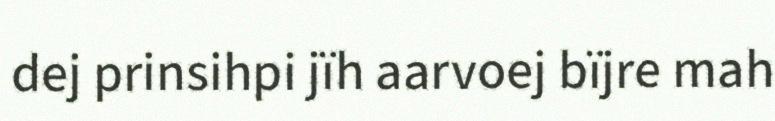
dej prinsihpi jïh aarvoej bïjre mah